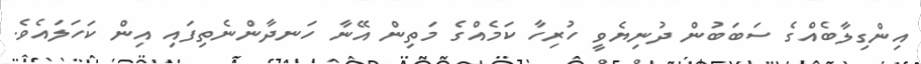
އިންގިލާބެއްގެ ސަބަބުން ދުނިޔެވީ ހުރިހާ ކަމެއްގެ މަތިން އޭނާ ހަނދާންނެތިފައި އިން ކަހަލައެވެ.